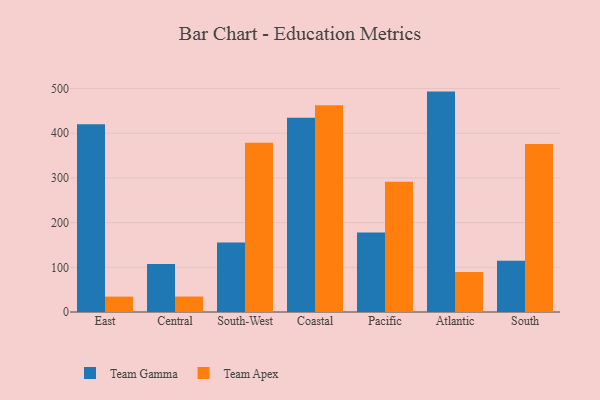
{"axis": {"x": "Region", "y": "Budget (USD K)"}, "legend": ["Team Apex", "Team Gamma"], "data": [{"x": "East", "y": 419.9, "type": "Team Gamma"}, {"x": "East", "y": 34.4, "type": "Team Apex"}, {"x": "Central", "y": 107.6, "type": "Team Gamma"}, {"x": "Central", "y": 34.6, "type": "Team Apex"}, {"x": "South-West", "y": 155.5, "type": "Team Gamma"}, {"x": "South-West", "y": 378.5, "type": "Team Apex"}, {"x": "Coastal", "y": 434.6, "type": "Team Gamma"}, {"x": "Coastal", "y": 462.8, "type": "Team Apex"}, {"x": "Pacific", "y": 177.8, "type": "Team Gamma"}, {"x": "Pacific", "y": 291.4, "type": "Team Apex"}, {"x": "Atlantic", "y": 493.2, "type": "Team Gamma"}, {"x": "Atlantic", "y": 89.4, "type": "Team Apex"}, {"x": "South", "y": 114.6, "type": "Team Gamma"}, {"x": "South", "y": 375.8, "type": "Team Apex"}]}